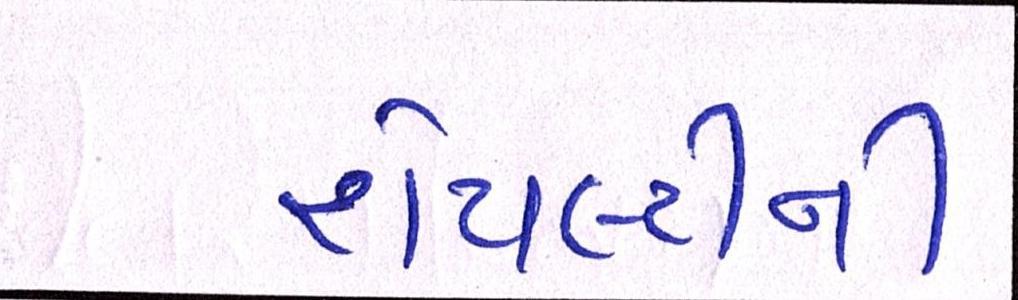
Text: રોયલ્ટીની